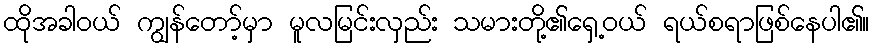
ထိုအခါဝယ် ကျွန်တော့်မှာ မူလမြင်းလှည်း သမားတို့၏ရှေ့ဝယ် ရယ်စရာဖြစ်နေပါ၏။